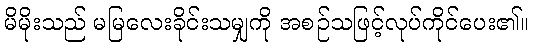
မိမိုးသည် မမြလေးခိုင်းသမျှကို အစဉ်သဖြင့်လုပ်ကိုင်ပေး၏။